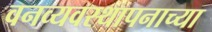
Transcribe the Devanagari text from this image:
वनव्यवस्थापनाच्या